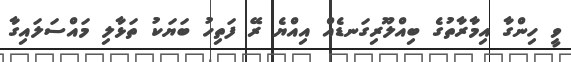
ވީ ހިންގާ އިމާރާތުގެ ބިއްލޫރިގަނޑެއް އިއްޔެ ރޭ ފަތިހު ބަޔަކު ތަޅާލި މައްސަލައިގާ